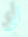
أي